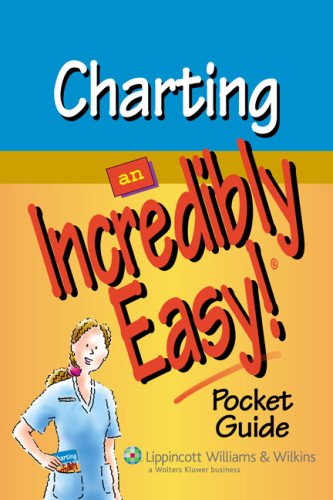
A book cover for Charting: An Incredibly Easy! Pocket Guide (Incredibly Easy! SeriesÂ®); Springhouse; Medical Books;